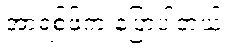
အာရစ်ဖ်က ပြောပါတယ်။